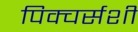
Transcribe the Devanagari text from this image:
पिक्चर्सशी